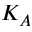
K _ { A }